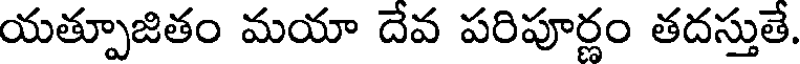
యత్పూజితం మయా దేవ పరిపూర్ణం తదస్తుతే.